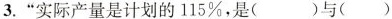
3.”实际产量是计划的115%，是()与()